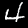
Label: 4